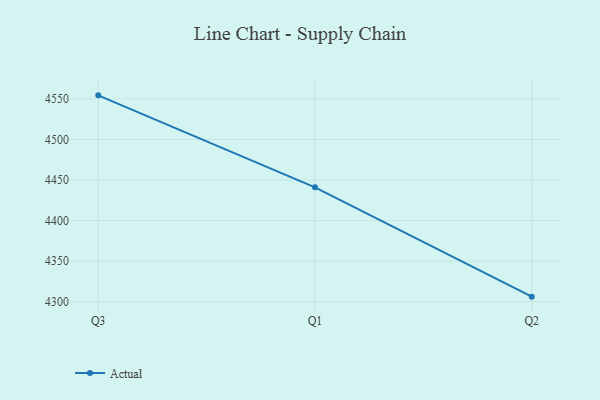
{"axis": {"x": "Quarter", "y": "Backlog"}, "legend": ["Actual"], "data": [{"x": "Q3", "y": 4554.4, "type": "Actual"}, {"x": "Q1", "y": 4441.0, "type": "Actual"}, {"x": "Q2", "y": 4306.3, "type": "Actual"}]}